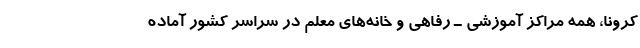
کرونا، همه مراکز آموزشی ـ رفاهی و خانه‌های معلم در سراسر کشور آماده